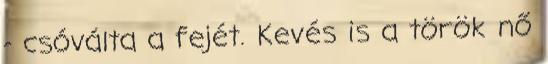
- csóválta a fejét. Kevés is a török nő